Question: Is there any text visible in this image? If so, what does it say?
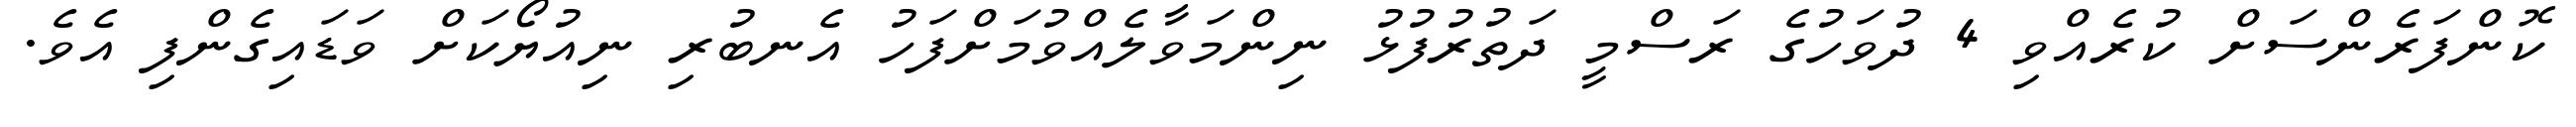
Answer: ކޮންފަރެންސަށް ކުރެއްވި 4 ދުވަހުގެ ރަސްމީ ދަތުރުފުޅު ނިންމަވާލެއްވުމަށްފަހު އެނބުރި ނިއުޔޯކަށް ވަޑައިގެންފި އެވެ.